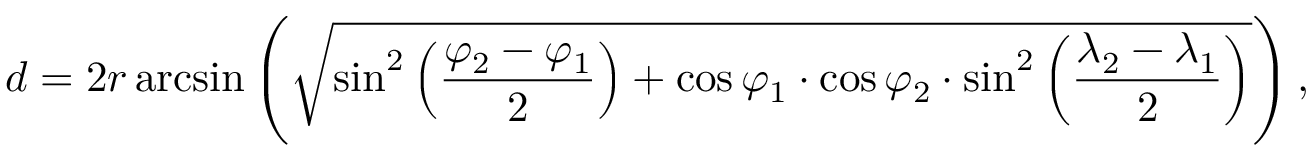
d = 2 r \arcsin \left( \sqrt { \sin ^ { 2 } \left( \frac { \varphi _ { 2 } - \varphi _ { 1 } } { 2 } \right) + \cos \varphi _ { 1 } \cdot \cos \varphi _ { 2 } \cdot \sin ^ { 2 } \left( \frac { \lambda _ { 2 } - \lambda _ { 1 } } { 2 } \right) } \right) ,